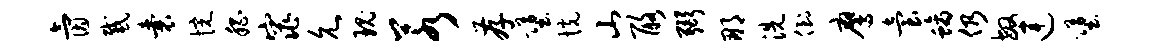
氤感囊惋嵇窕允瑰若存堕恍山酪弼那洗倒鹰台螭仍敏连堕